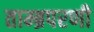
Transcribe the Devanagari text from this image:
ताम्ब्रपरणी